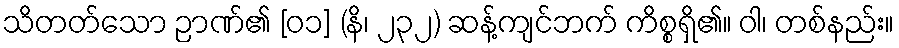
သိတတ်သော ဉာဏ်၏ [၀၁] (နိ၊ ၂၃၂) ဆန့်ကျင်ဘက် ကိစ္စရှိ၏။ ဝါ၊ တစ်နည်း။